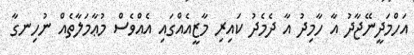
އަހްމަދީނޭޖާދު އާ ހާމިދު އާ ދެމެދު ކައިރި މާޒީއެއްގައި އެއްވެސް މުޢާމަލާތެއް ނުހިނގާ